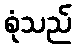
စုံသည်